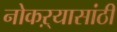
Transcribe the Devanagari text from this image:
नोकऱ्यासांठी